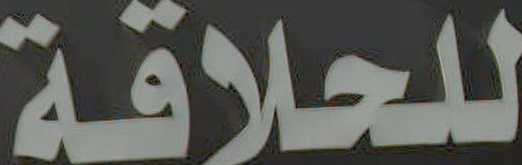
للحلاقة